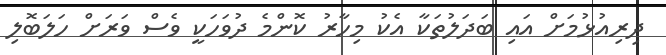
ދިރިއުޅުމަށް އައި ބަދަލުތަކާ އެކު މިހާރު ކޮންމެ ދުވަހަކީ ވެސް ވަރަށް ހަލަބޮލި